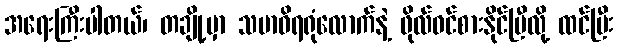
အရေးကြီးပါတယ်၊ တချို့မှာ သမာဓိရရုံလောက်နဲ့ ဖိုလ်ဝင်စားနိုင်ပြီလို့ ထင်ပြီး